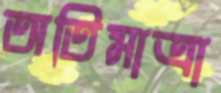
অতিমাত্রা